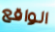
الواقع